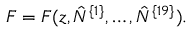
F = F ( z , \hat { N } ^ { \{ 1 \} } , \ldots , \hat { N } ^ { \{ 1 9 \} } ) .